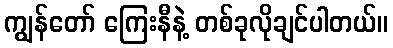
ကျွန်တော် ကြေးနီနဲ့ တစ်ခုလိုချင်ပါတယ်။